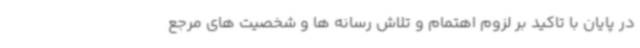
در پایان با تاکید بر لزوم اهتمام و تلاش رسانه ها و شخصیت های مرجع